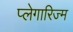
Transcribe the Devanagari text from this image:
प्लेगारिज्म